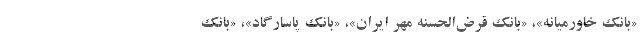
«بانک خاورمیانه»، «بانک قرض‌الحسنه مهر ایران»، «بانک پاسارگاد»، «بانک